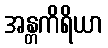
အန္တကိရိယာ